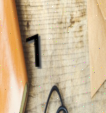
1